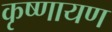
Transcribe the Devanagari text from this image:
कृष्णायण